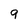
Character: 9